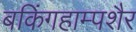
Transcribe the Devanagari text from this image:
बकिंगहाम्पशैर